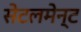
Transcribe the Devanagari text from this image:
सेटलमेन्ट